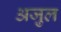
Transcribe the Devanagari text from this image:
अजु़ल